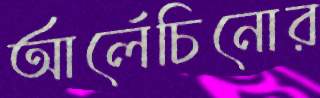
আর্লেচিনোর